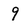
Character: 9